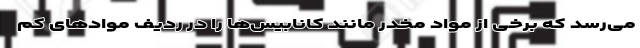
می‌رسد که برخی از مواد مخدر مانند کانابیس‌ها را در ردیف موادهای کم